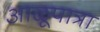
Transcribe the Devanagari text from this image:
आळूपात्रा